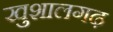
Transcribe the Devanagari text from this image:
खुशालगढ़